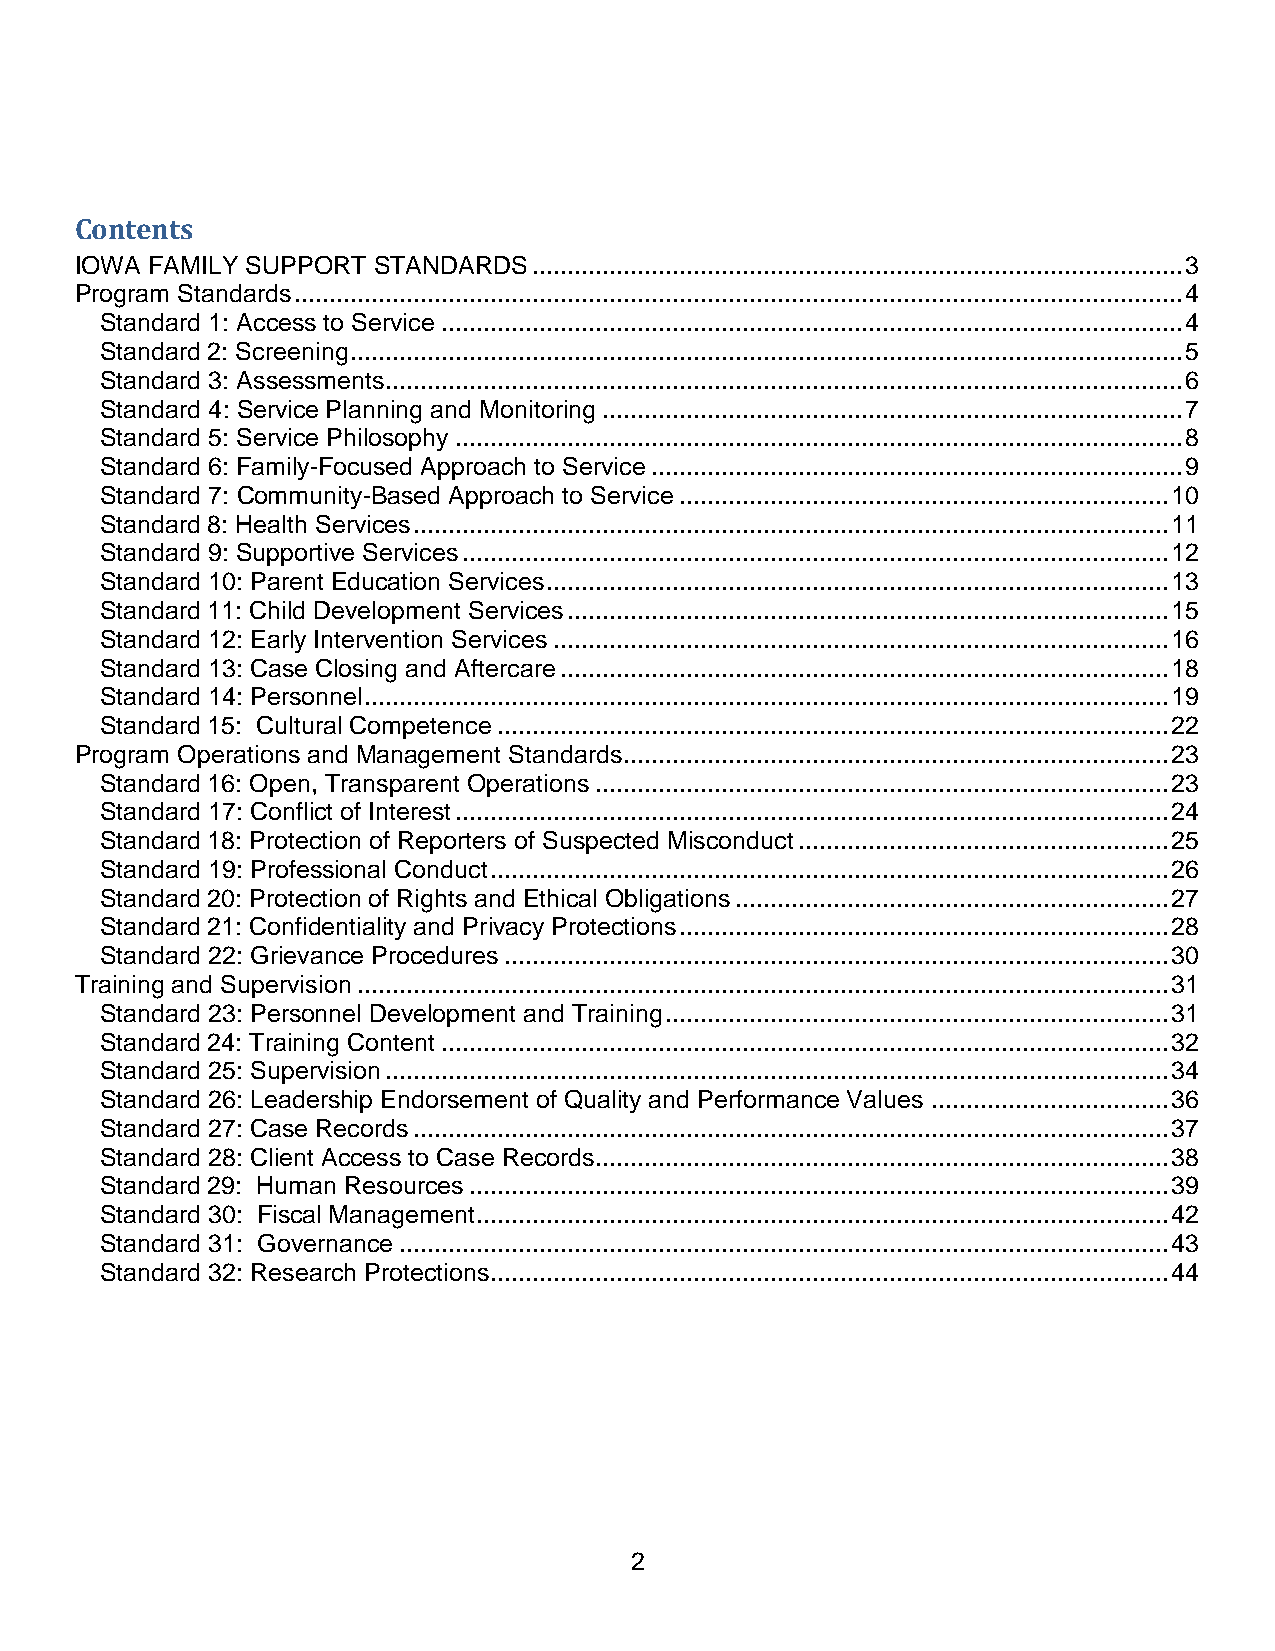
Contents
 IOWA FAMILY SUPPORT STANDARDS ............................................................................................. 3
 Program Standards ............................................................................................................................... 4
 Standard 1: Access to Service .......................................................................................................... 4
 Standard 2: Screening ....................................................................................................................... 5
 Standard 3: Assessments .................................................................................................................. 6
 Standard 4: Service Planning and Monitoring ................................................................................... 7
 Standard 5: Service Philosophy ........................................................................................................ 8
 Standard 6: Family-Focused Approach to Service ............................................................................ 9
 Standard 7: Community-Based Approach to Service ...................................................................... 10
 Standard 8: Health Services ............................................................................................................ 11
 Standard 9: Supportive Services ..................................................................................................... 12
 Standard 10: Parent Education Services ......................................................................................... 13
 Standard 11: Child Development Services ...................................................................................... 15
 Standard 12: Early Intervention Services ........................................................................................ 16
 Standard 13: Case Closing and Aftercare ....................................................................................... 18
 Standard 14: Personnel ................................................................................................................... 19
 Standard 15: Cultural Competence ................................................................................................ 22
 Program Operations and Management Standards .............................................................................. 23
 Standard 16: Open, Transparent Operations .................................................................................. 23
 Standard 17: Conflict of Interest ...................................................................................................... 24
 Standard 18: Protection of Reporters of Suspected Misconduct ..................................................... 25
 Standard 19: Professional Conduct ................................................................................................. 26
 Standard 20: Protection of Rights and Ethical Obligations .............................................................. 27
 Standard 21: Confidentiality and Privacy Protections ...................................................................... 28
 Standard 22: Grievance Procedures ............................................................................................... 30
 Training and Supervision .................................................................................................................... 31
 Standard 23: Personnel Development and Training ........................................................................ 31
 Standard 24: Training Content ........................................................................................................ 32
 Standard 25: Supervision ................................................................................................................ 34
 Standard 26: Leadership Endorsement of Quality and Performance Values .................................. 36
 Standard 27: Case Records ............................................................................................................ 37
 Standard 28: Client Access to Case Records .................................................................................. 38
 Standard 29: Human Resources .................................................................................................... 39
 Standard 30: Fiscal Management ................................................................................................... 42
 Standard 31: Governance .............................................................................................................. 43
 Standard 32: Research Protections ................................................................................................. 44
 2